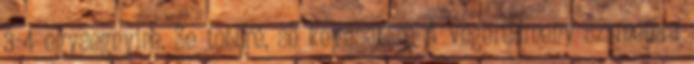
3-4 egysegnyire. Se tobbre, se kevesebbre A vegeredmeny szamomra